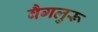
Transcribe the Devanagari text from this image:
बैगलुरू